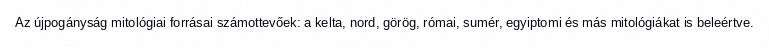
Az újpogányság mitológiai forrásai számottevőek: a kelta, nord, görög, római, sumér, egyiptomi és más mitológiákat is beleértve.